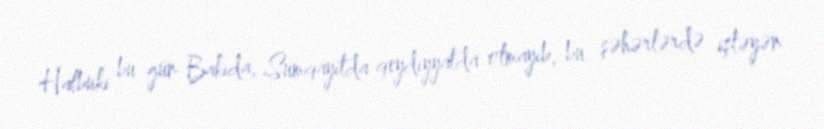
Halbuki bu gün Bakıda, Sumqayıtda qeydiyyatda olmayıb, bu şəhərlərdə işləyən